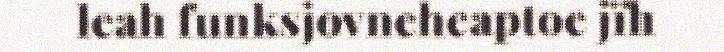
leah funksjovneheaptoe jïh